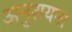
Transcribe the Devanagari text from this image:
अनुशयना